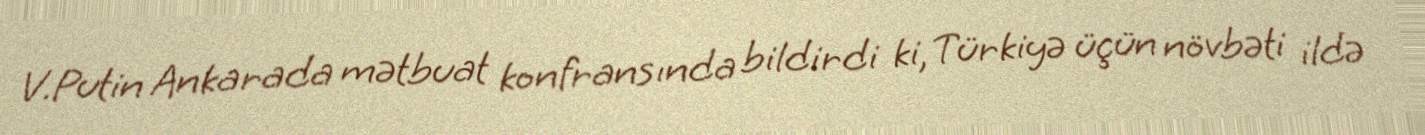
V.Putin Ankarada mətbuat konfransında bildirdi ki, Türkiyə üçün növbəti ildə